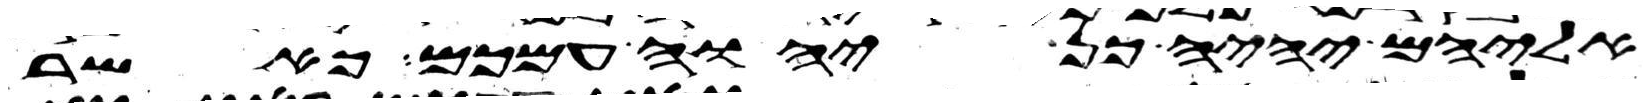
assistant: אליהם יהיה כן יהוה עמכם כאשר